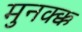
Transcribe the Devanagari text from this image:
मुनक्क्क